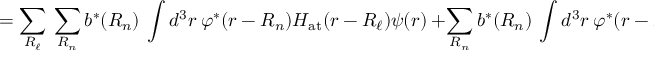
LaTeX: = \sum _ { \boldsymbol { R _ { \ell } } } \ \sum _ { \boldsymbol { R _ { n } } } b ^ { * } ( { \boldsymbol { R _ { n } } } ) \ \int d ^ { 3 } r \ \varphi ^ { * } ( { \boldsymbol { r - R _ { n } } } ) H _ { \mathrm { a t } } ( { \boldsymbol { r - R _ { \ell } } } ) \psi ( { \boldsymbol { r } } ) \ + \sum _ { \boldsymbol { R _ { n } } } b ^ { * } ( { \boldsymbol { R _ { n } } } ) \ \int d ^ { 3 } r \ \varphi ^ { * } ( { \boldsymbol { r - R _ { n } } } ) \Delta U ( { \boldsymbol { r } } ) \psi ( { \boldsymbol { r } } ) \ .